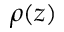
\rho ( z )